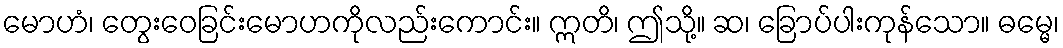
မောဟံ၊ တွေးဝေခြင်းမောဟကိုလည်းကောင်း။ ဣတိ၊ ဤသို့။ ဆ၊ ခြောပ်ပါးကုန်သော။ ဓမ္မေ၊